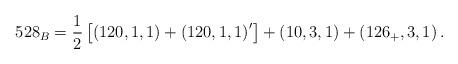
LaTeX: \begin{align*}528_B=\frac 12\left[ \left( 120,1,1\right) +\left( 120,1,1\right) ^{\prime}\right] +\left( 10,3,1\right) +\left( 126_{+},3,1\right) . \end{align*}